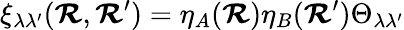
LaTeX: \xi_{\lambda\lambda^{\prime}}(\boldsymbol{\mathcal{R}},\boldsymbol{\mathcal{R}}^{\prime})=\eta_{A}(\boldsymbol{\mathcal{R}})\eta_{B}(\boldsymbol{\mathcal{R}}^{\prime})\Theta_{\lambda\lambda^{\prime}}